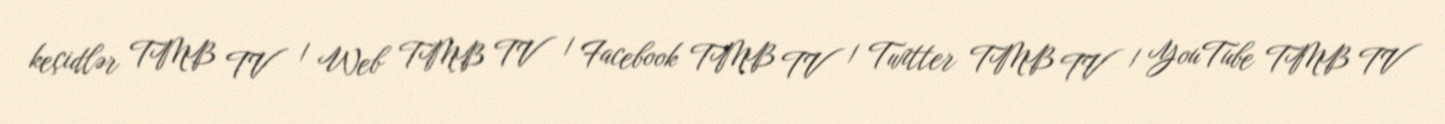
keçidlər TMB TV | Web TMB TV | Facebook TMB TV | Twitter TMB TV | YouTube TMB TV